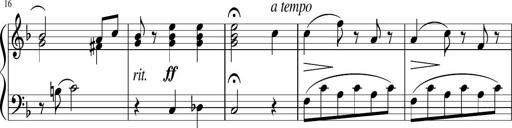
Title: 3 Sonatinen
Composer: Heinrich Lichner